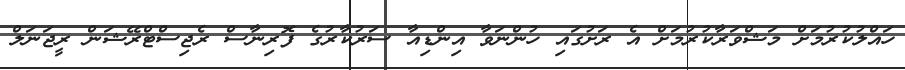
ހައްލުކުރުމަށް މަޝްވަރާކުރުމަށް އެ ރަށުގައި ހުންނަވާ އިންޑިއާ ސަރުކާރުގެ ފޮރިނާސް ރެޖިސްޓްރޭޝަން ރީޖަނަލް